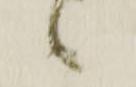
候